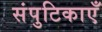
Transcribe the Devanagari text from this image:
संपुटिकाएँ